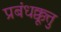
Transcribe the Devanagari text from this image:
प्रबंधक्कूत्तु